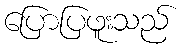
ပြောပြဖူးသည်